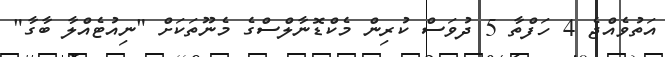
އަތުވެއްޖެ 4 ހަފްތާ 5 ދުވަސް ކުރިން މެކްޑޮނާލްސްގެ މެނޫތަކަށް "ނިއުޓެއްލާ ބާގާ"